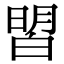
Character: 㿢